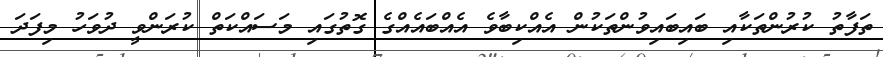
ތަފާތު ކުރުންތަކާއި ބައިބައިވުންތަކުން އެއްކިބާވެ އެއްބައެއްގެ ގޮތުގައި މަސައްކަތް ކުރަންވީ ދުވަހު މިފަދަ